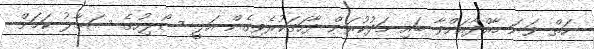
ހަތް ވަނަ މާއްދާއަށްވާ ބައި މަދުކުރަން ފާހަގަކުރެވިގެން އަލީ ސޯލިހުގެ ސަމާލު ކަމަށް